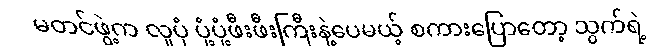
မတင်ဖွဲ့က လူပုံ ပုံ့ပုံ့ဖီးဖီးကြီးနဲ့ပေမယ့် စကားပြောတော့ သွက်ရဲ့